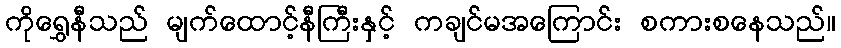
ကိုရွှေနီသည် မျက်ထောင့်နီကြီးနှင့် ကချင်မအကြောင်း စကားစနေသည်။